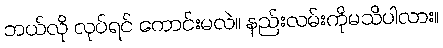
ဘယ်လို လုပ်ရင် ကောင်းမလဲ။ နည်းလမ်းကိုမသိပါလား။